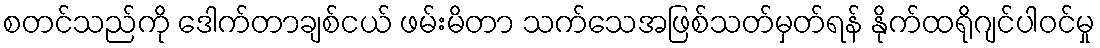
စတင်သည်ကို ဒေါက်တာချစ်ငယ် ဖမ်းမိတာ သက်သေအဖြစ်သတ်မှတ်ရန် နိုက်ထရိုဂျင်ပါဝင်မှု